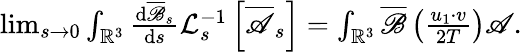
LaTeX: \begin{array}{r}{\operatorname*{lim}_{s\rightarrow 0}\int_{\mathbb{R}^{3}}\frac{\mathrm{d}\overline{\mathscr{B}}_{s}}{\mathrm{d}s}\mathcal{L}_{s}^{-1}\left[\overline{{\mathscr{A}}}_{s}\right]=\int_{\mathbb{R}^{3}}\overline{\mathscr{B}}\left(\frac{u_{1}\cdot v}{2T}\right)\mathscr{A}.}\end{array}